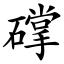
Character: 礃